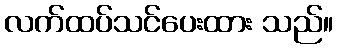
လက်ထပ်သင်ပေးထား သည်။